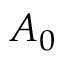
A _ { 0 }